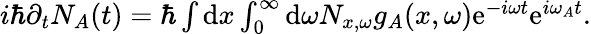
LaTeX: \begin{array}{r}{i\hbar\partial_{t}N_{A}(t)=\hbar\int\mathrm{d}x\int_{0}^{\infty}\mathrm{d}\omega N_{x,\omega}g_{A}(x,\omega)\mathrm{e}^{-i\omega t}\mathrm{e}^{i\omega_{A}t}.}\end{array}